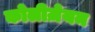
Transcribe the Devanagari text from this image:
कोलीज़ेयम